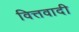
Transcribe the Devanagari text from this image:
वित्तवादी